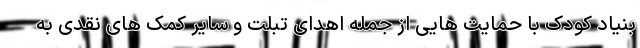
بنیاد کودک با حمایت هایی از جمله اهدای تبلت و سایر کمک های نقدی به